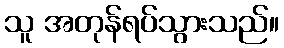
သူ အတုန်ရပ်သွားသည်။